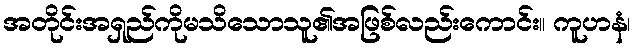
အတိုင်းအရှည်ကိုမသိသောသူ၏အဖြစ်လည်းကောင်း။ ကူဟနံ၊